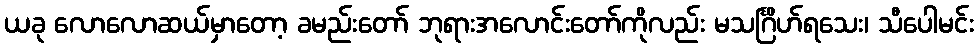
ယခု လောလောဆယ်မှာတော့ ခမည်းတော် ဘုရားအလောင်းတော်ကိုလည်း မသင်္ဂြိဟ်ရသေး၊ သီပေါမင်း